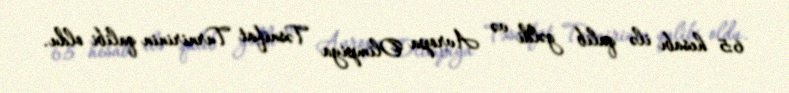
6:5 hesabı ilə qalib gəldi və Avropa Olimpiya Təsnifat Turnirinin qalibi oldu.